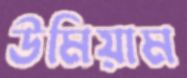
উমিয়াম